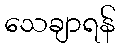
သေချာရန်